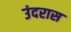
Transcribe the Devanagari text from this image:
उंदरास